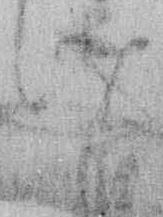
け